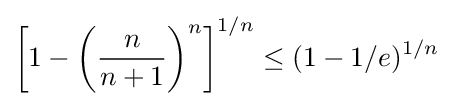
\left[1-\left({\frac {n}{n+1}}\right)^{n}\right]^{1/n}\leq (1-1/e)^{1/n}